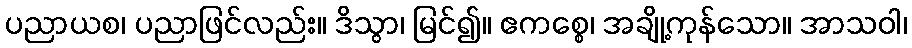
ပညာယစ၊ ပညာဖြင်လည်း။ ဒိသွာ၊ မြင်၍။ ဧကစ္စေ၊ အချို့ကုန်သော။ အာသဝါ၊